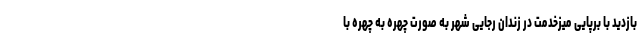
بازدید با برپایی میزخدمت در زندان رجایی شهر به صورت چهره به چهره با